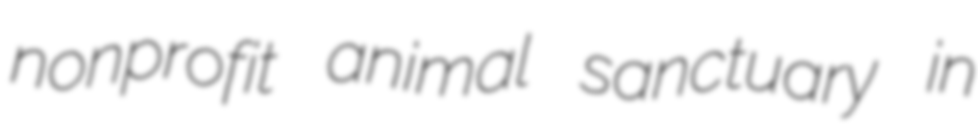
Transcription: nonprofit animal sanctuary in